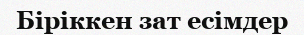
Біріккен зат есімдер